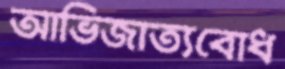
আভিজাত্যবোধ